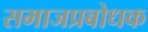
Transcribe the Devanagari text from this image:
समाजप्रबोधक